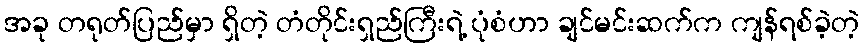
အခု တရုတ်ပြည်မှာ ရှိတဲ့ တံတိုင်းရှည်ကြီးရဲ့ ပုံစံဟာ ချင်မင်းဆက်က ကျန်ရစ်ခဲ့တဲ့